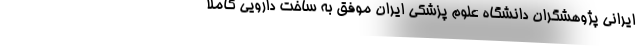
ایرانی پژوهشگران دانشگاه علوم پزشکی ایران موفق به ساخت دارویی کاملا